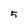
Character: 5